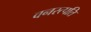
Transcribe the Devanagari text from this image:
वनस्त्पति